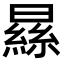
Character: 𣊡